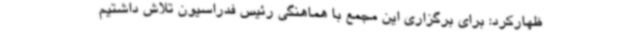
ظهارکرد: برای برگزاری این مجمع با هماهنگی رئیس فدراسیون تلاش داشتیم